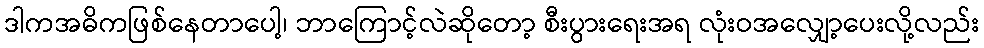
ဒါကအဓိကဖြစ်နေတာပေါ့၊ ဘာကြောင့်လဲဆိုတော့ စီးပွားရေးအရ လုံးဝအလျှော့ပေးလို့လည်း